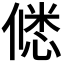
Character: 𭝲